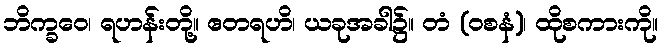
ဘိက္ခဝေ၊ ရဟန်းတို့။ ဧတရဟိ၊ ယခုအခါ၌။ တံ (ဝစနံ)၊ ထိုစကားကို။